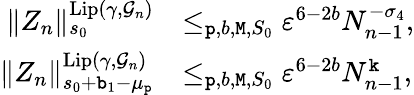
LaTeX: \begin{array}{rl}{\rVert Z_{n}\rVert_{s_{0}}^{\mathrm{Lip}(\gamma,\mathcal{G}_{n})}}&{\le_{\mathtt{p},b,\mathtt{M},S_{0}}\varepsilon^{6-2b}N_{n-1}^{-\sigma_{4}},}\\ {\rVert Z_{n}\rVert_{s_{0}+\mathtt{b}_{1}-\mu_{\mathtt{p}}}^{\mathrm{Lip}(\gamma,\mathcal{G}_{n})}}&{\le_{\mathtt{p},b,\mathtt{M},S_{0}}\varepsilon^{6-2b}N_{n-1}^{\mathtt{k}},}\end{array}